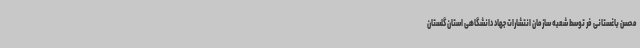
محسن باغستانی فر توسط شعبه سازمان انتشارات جهاد دانشگاهی استان گلستان